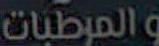
والمرطبات